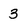
Character: 3